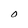
Character: O